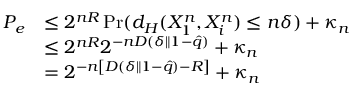
\begin{array} { r l } { P _ { e } } & { \le 2 ^ { n R } \operatorname* { P r } ( d _ { H } ( X _ { 1 } ^ { n } , X _ { i } ^ { n } ) \le n \delta ) + \kappa _ { n } } \\ & { \le 2 ^ { n R } 2 ^ { - n D ( \delta \| 1 - \hat { q } ) } + \kappa _ { n } } \\ & { = 2 ^ { - n \left[ D ( \delta \| 1 - \hat { q } ) - R \right] } + \kappa _ { n } } \end{array}